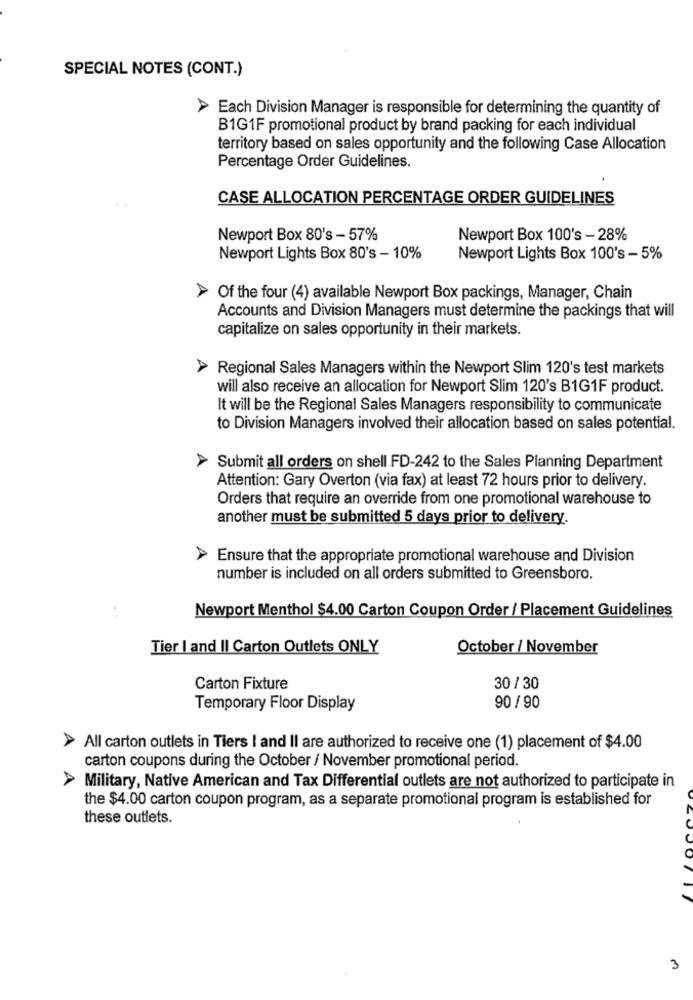
SPECIAL NOTES (CONT.)
> Each Division Manager is responsible for determining the quantity of
B1G1F promotional product by brand packing for each individual
territory based on sales opportunity and the following Case Allocation
Percentage Order Guidelines.
CASE ALLOCATION PERCENTAGE ORDER GUIDELINES
Newport Box 80's - 57%
Newport Box 100's - 28%
Newport Lights Box 80's - 10%
Newport Lights Box 100's -5%
Of the four (4) available Newport Box packings, Manager, Chain
Accounts and Division Managers must determine the packings that will
capitalize on sales opportunity in their markets.
Regional Sales Managers within the Newport Slim 120's test markets
will also receive an allocation for Newport Slim 120's B1G1F product.
It will be the Regional Sales Managers responsibility to communicate
to Division Managers involved their allocation based on sales potential.
Submit all orders on shell FD-242 to the Sales Planning Department
Attention: Gary Overton (via fax) at least 72 hours prior to delivery.
Orders that require an override from one promotional warehouse to
another must be submitted 5 days prior to delivery.
Ensure that the appropriate promotional warehouse and Division
number is included on all orders submitted to Greensboro.
Newport Menthol $4.00 Carton Coupon Order / Placement Guidelines
Tier I and II Carton Outlets ONLY
October / November
Carton Fixture
30 / 30
Temporary Floor Display
90 / 90
All carton outlets in Tiers I and II are authorized to receive one (1) placement of $4.00
carton coupons during the October / November promotional period.
Military, Native American and Tax Differential outlets are not authorized to participate in
the $4.00 carton coupon program, as a separate promotional program is established for
these outlets.
3